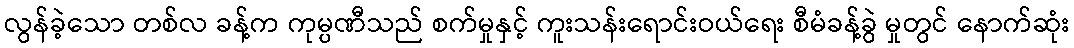
လွန်ခဲ့သော တစ်လ ခန့်က ကုမ္ပဏီသည် စက်မှုနှင့် ကူးသန်းရောင်းဝယ်ရေး စီမံခန့်ခွဲ မှုတွင် နောက်ဆုံး